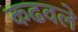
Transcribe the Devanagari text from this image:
कढवले